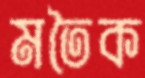
মতৈক